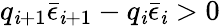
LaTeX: q_{\mathit{i}+1}\bar{{\epsilon}}_{\mathit{i}+1}-q_{\mathit{i}}\bar{{\epsilon}}_{\mathit{i}}>0